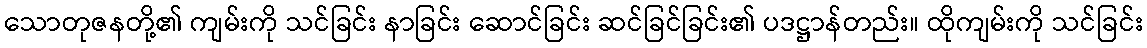
သောတုဇနတို့၏ ကျမ်းကို သင်ခြင်း နာခြင်း ဆောင်ခြင်း ဆင်ခြင်ခြင်း၏ ပဒဋ္ဌာန်တည်း။ ထိုကျမ်းကို သင်ခြင်း